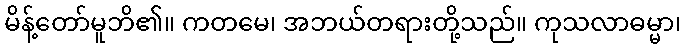
မိန့်တော်မူဘိ၏။ ကတမေ၊ အဘယ်တရားတို့သည်။ ကုသလာဓမ္မာ၊